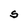
Character: S